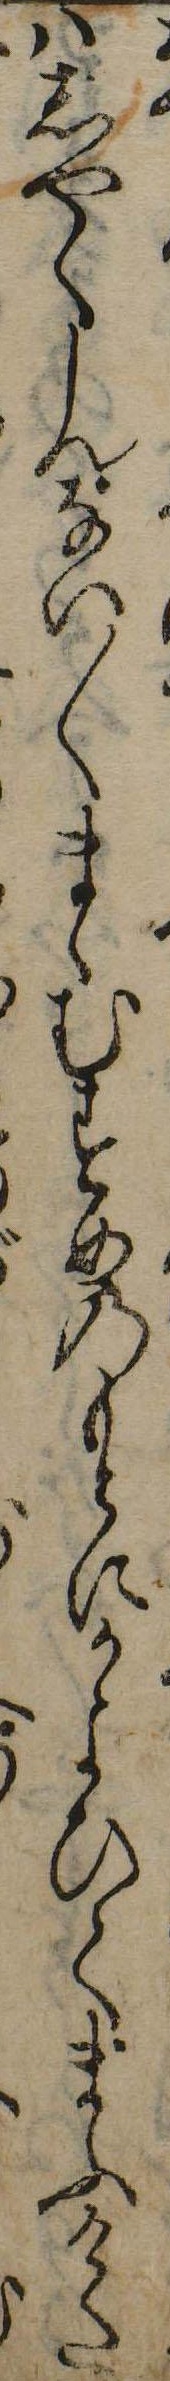
はしやくしんない〱まゝむすめのもとにかよひてまふけた